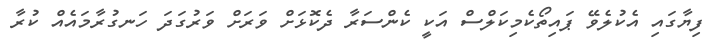
ފިޔާގައި އެކުލެވޭ ޕައިތޯކެމިކަލްސް އަކީ ކެންސަރާ ދެކޮޅަށް ވަރަށް ވަރުގަދަ ހަނގުރާމައެއް ކުރާ